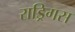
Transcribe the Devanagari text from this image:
राड्रिगस